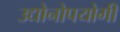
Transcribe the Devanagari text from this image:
उद्योनोपयोगी